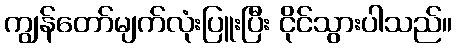
ကျွန်တော်မျက်လုံးပြူးပြီး ငိုင်သွားပါသည်။